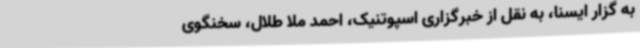
به گزار ایسنا، به نقل از خبرگزاری اسپوتنیک، احمد ملا طلال، سخنگوی